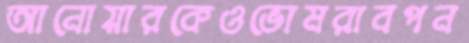
আনোয়ারকেওভোমরাবপন